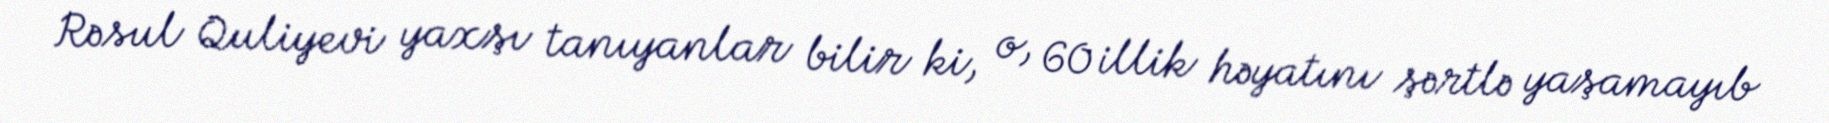
Rəsul Quliyevi yaxşı tanıyanlar bilir ki, o, 60 illik həyatını şərtlə yaşamayıb